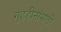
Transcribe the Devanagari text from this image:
गृहहीनांसाठी